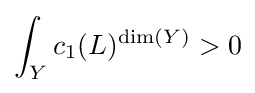
\int _{Y}c_{1}(L)^{{\text{dim}}(Y)}>0